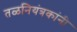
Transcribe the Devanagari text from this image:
तळनियंत्रकांनी